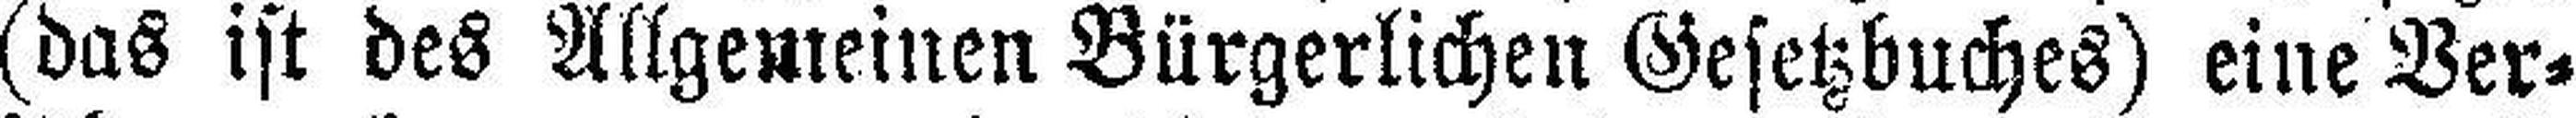
(das ist des Allgemeinen Bürgerlichen Gesetzbuches) eine Ver¬